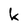
Character: k